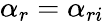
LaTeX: \alpha_{r}=\alpha_{ri}